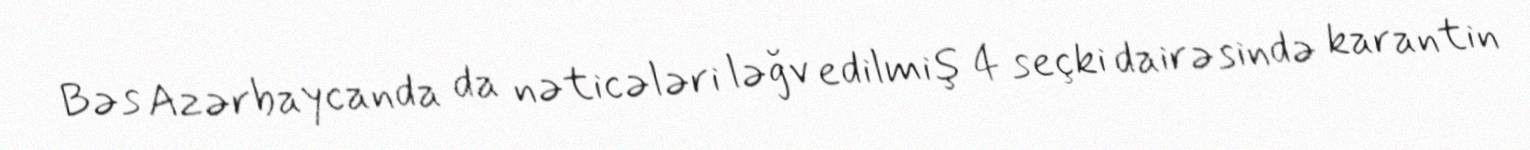
Bəs Azərbaycanda da nəticələri ləğv edilmiş 4 seçki dairəsində karantin